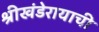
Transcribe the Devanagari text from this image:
श्रीखंडेरायाची